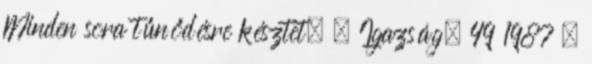
Minden sora tűnődésre késztet. = Igazság. 49 1987 .